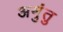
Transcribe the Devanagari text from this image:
अमुंतु